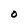
Character: O